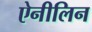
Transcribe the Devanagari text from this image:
ऐनीलिन